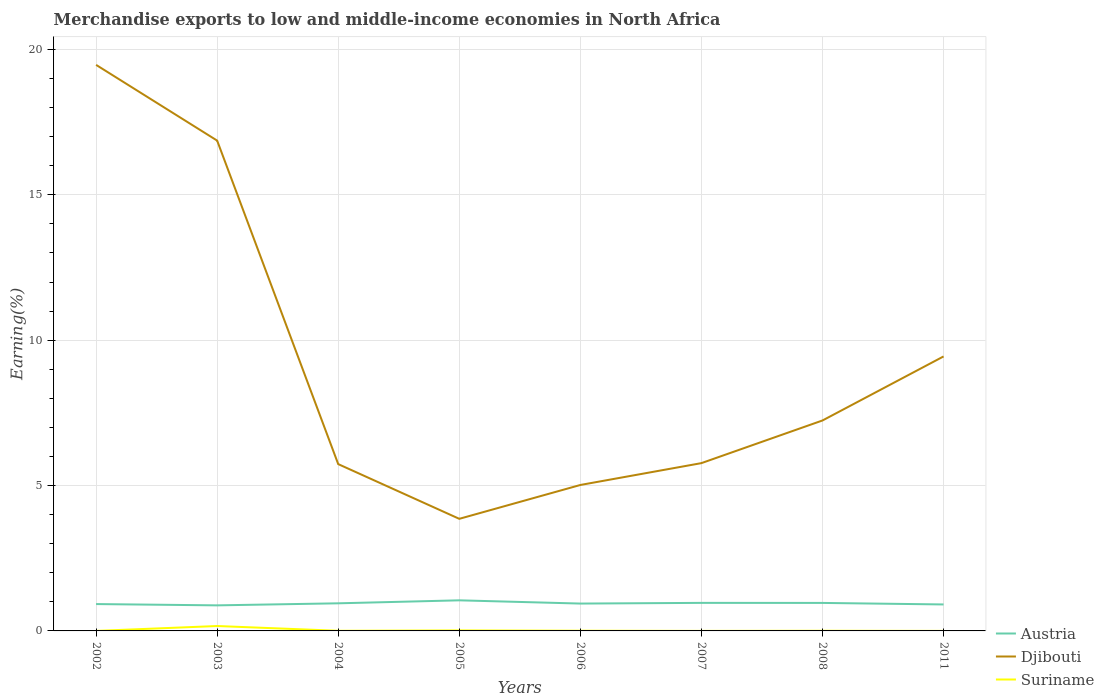
| Years | Austria | Djibouti | Suriname |
 | --- | --- | --- | --- |
 | 2002 | 0.924 | 19.5 | 0.000287 |
 | 2003 | 0.879 | 16.9 | 0.169 |
 | 2004 | 0.95 | 5.74 | 0.00468 |
 | 2005 | 1.05 | 3.86 | 0.0172 |
 | 2006 | 0.941 | 5.02 | 0.00707 |
 | 2007 | 0.965 | 5.77 | 0.00114 |
 | 2008 | 0.963 | 7.24 | 0.00538 |
 | 2011 | 0.91 | 9.44 | 0.00125 |